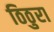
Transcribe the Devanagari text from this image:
ठिठुरा